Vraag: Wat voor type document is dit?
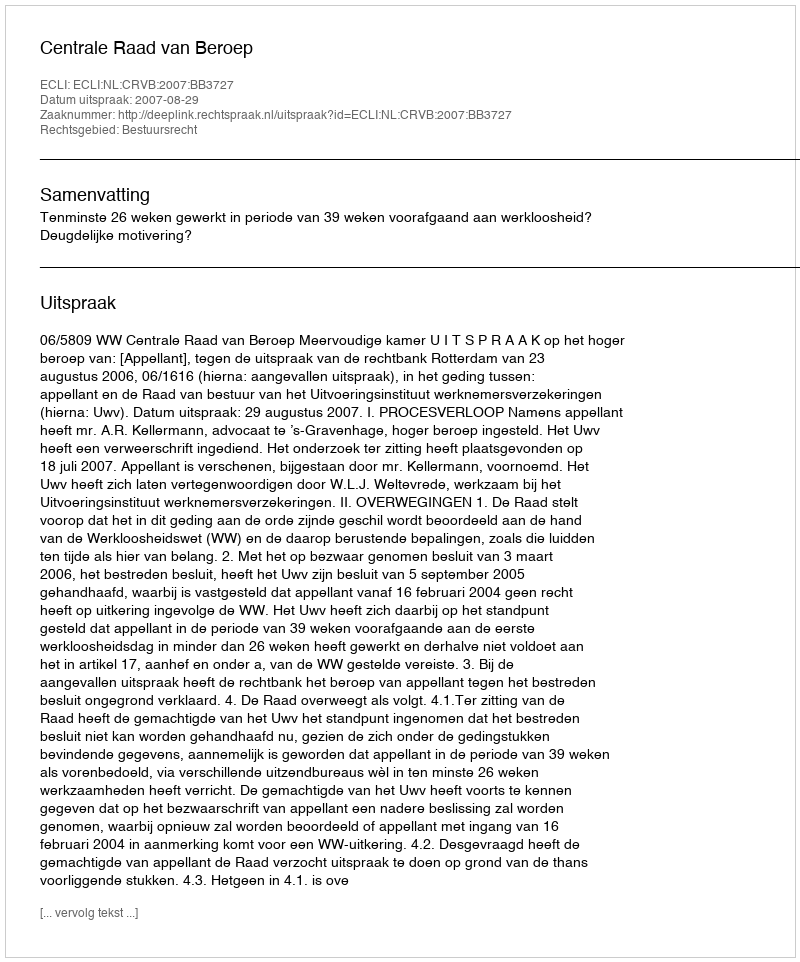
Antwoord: Uitspraak